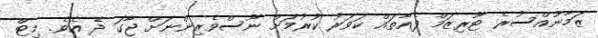
ޒަމާނުއްސުރެ ޓޫރިޒަމް ފެއާތައް ކަވަރު ކުރުމަށް ނޫސްވެރިންނަށް ޖާގަ ދެ އެވެ. މިޓް